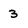
Character: 3